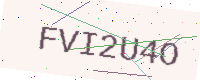
Text: FVI2U4O